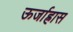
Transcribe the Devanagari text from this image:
ऊर्जाह्रास